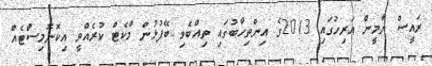
ރައީސް ޔާމީން އަރިހުގައި 2013ގެ އިންތިހާބުގައި ތިއްބެވި ބޭފުޅުން މާކެޓް ކުރެއްވީ އިކޮނޮމިސްޓެއް